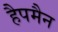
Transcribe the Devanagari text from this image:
हैपमैन